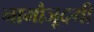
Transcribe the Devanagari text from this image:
नामौजूदगी